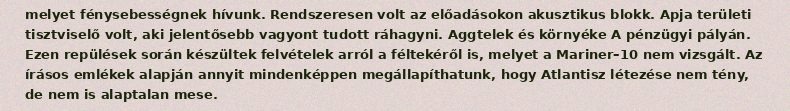
melyet fénysebességnek hívunk. Rendszeresen volt az előadásokon akusztikus blokk. Apja területi tisztviselő volt, aki jelentősebb vagyont tudott ráhagyni. Aggtelek és környéke A pénzügyi pályán. Ezen repülések során készültek felvételek arról a féltekéről is, melyet a Mariner–10 nem vizsgált. Az írásos emlékek alapján annyit mindenképpen megállapíthatunk, hogy Atlantisz létezése nem tény, de nem is alaptalan mese.